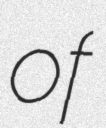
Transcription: of